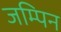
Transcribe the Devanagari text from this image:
जम्पिन